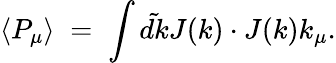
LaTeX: \left\langle P_{\mu}\right\rangle\; =\; \int\tilde{dk}J(k)\cdot J(k)k_{\mu}.